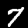
Label: 7